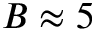
B \approx 5